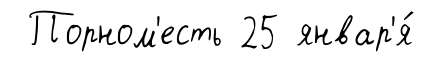
Порном'есть 25 январ'я́